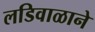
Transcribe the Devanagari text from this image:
लडिवाळाने